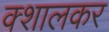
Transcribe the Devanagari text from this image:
क्शालकर